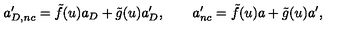
a _ { D , n c } ^ { \prime } = \tilde { f } ( u ) a _ { D } + \tilde { g } ( u ) a _ { D } ^ { \prime } , \qquad a _ { n c } ^ { \prime } = \tilde { f } ( u ) a + \tilde { g } ( u ) a ^ { \prime } ,